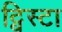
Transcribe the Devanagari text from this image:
ट्विस्टा